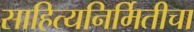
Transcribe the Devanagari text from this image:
साहित्यनिर्मितीचा